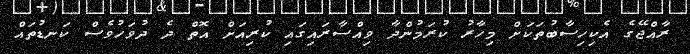
ރާއްޖޭގެ އެކިހިސާބުތަކަށް މިހާރު ކުރަމުންދާ ވިއްސާރައިގައި ކުރިއަށް އޮތް ދެ ދުވަހުވެސް ކަނޑުތައް